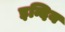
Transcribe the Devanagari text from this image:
इन्दिय